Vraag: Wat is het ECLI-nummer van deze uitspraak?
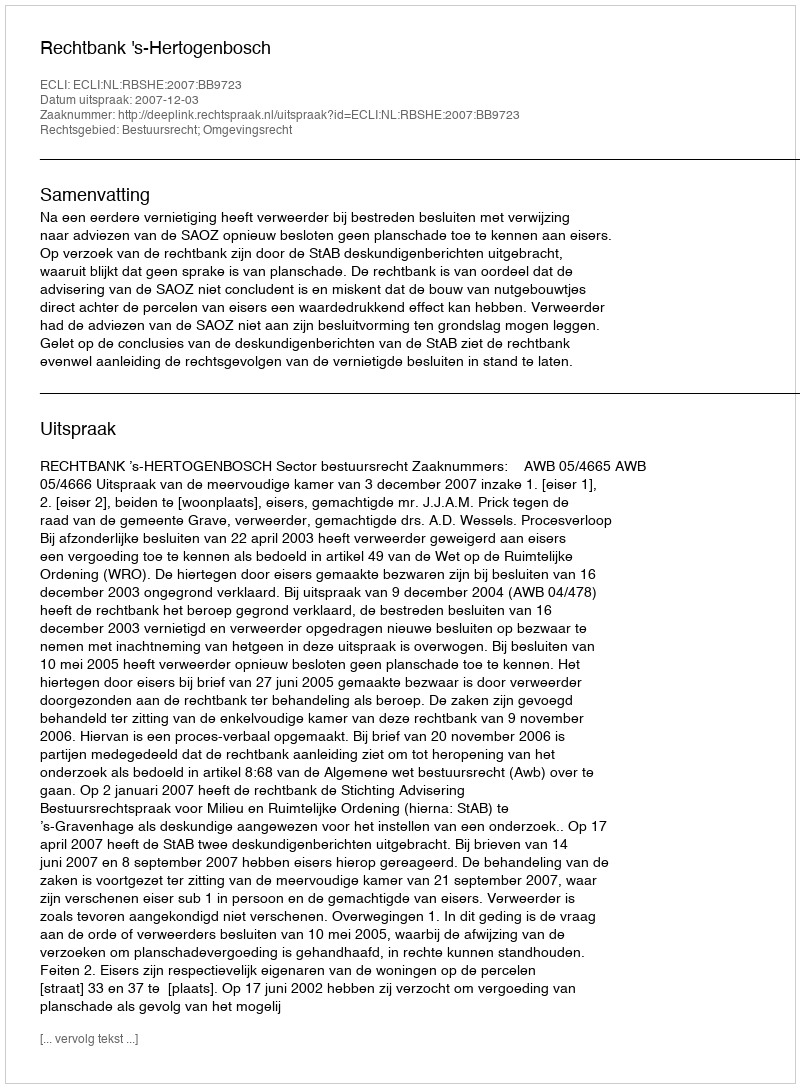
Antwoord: ECLI:NL:RBSHE:2007:BB9723